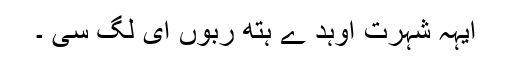
ایہہ شہرت اوہد ے ہتھ ربوں ای لگ سی ۔